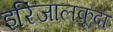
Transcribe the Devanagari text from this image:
इरिंजालकूदा